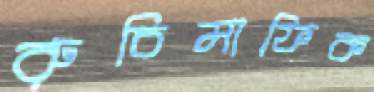
রুচিমাফিক